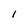
Character: 1